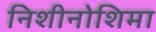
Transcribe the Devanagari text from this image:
निशीनोशिमा